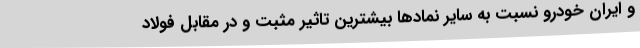
و ایران خودرو نسبت به سایر نمادها بیشترین تاثیر مثبت و در مقابل فولاد